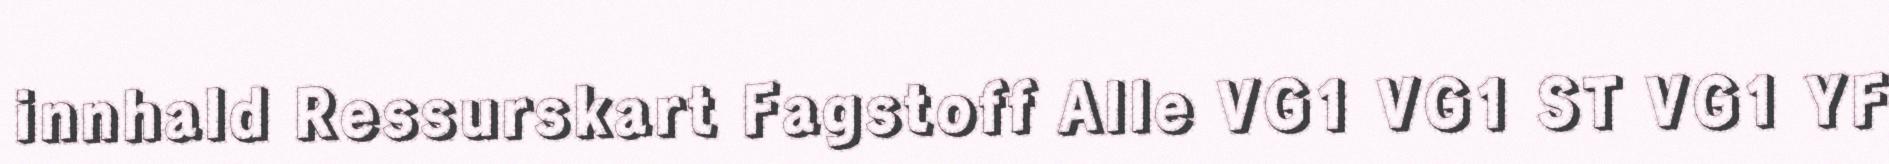
innhald Ressurskart Fagstoff Alle VG1 VG1 ST VG1 YF